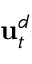
\mathbf { u } _ { t } ^ { d }